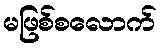
မဖြစ်စလောက်